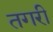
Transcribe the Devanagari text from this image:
तगरी